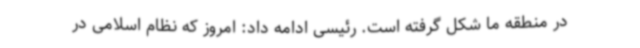
در منطقه ما شکل گرفته است. رئیسی ادامه داد: امروز که نظام اسلامی در